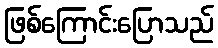
ဖြစ်ကြောင်းပြောသည်